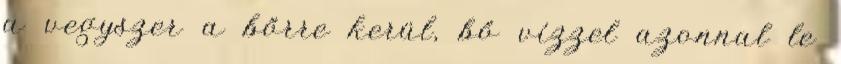
a vegyszer a bőrre kerül, bő vízzel azonnal le